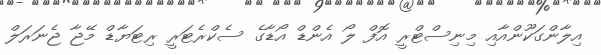
އިލާންގަކޫންއާއި މިނިސްޓްރީ އޮފް ލޯ އެންޑް އޯޑާގެ ސެކްރެޓަރީ ރިޓަޔާޑް މޭޖާ ޖެނަރަލް